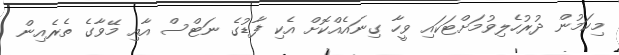
މިކަމުން ދުރުހެލިވުމަށްޓަކައި ވީހާ ގިނައެއްކޮށް އެކި ފާޑުގެ ނަޓްސް އާއި މޭވާގެ ތެރެއިން